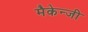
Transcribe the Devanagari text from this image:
मैकेन्जी